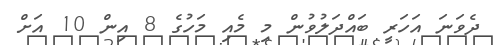
ދެވަނަ އަހަރީ ބައްދަލުވުން މި މެއި މަހުގެ 8 އިން 10 އަށް